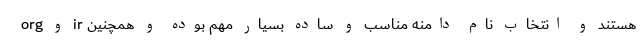
org و ir هستند و انتخاب نام دامنه مناسب و ساده بسیار مهم بوده و همچنین